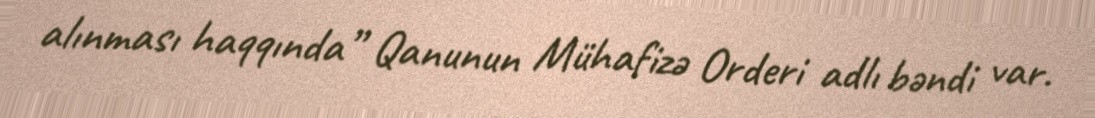
alınması haqqında” Qanunun Mühafizə Orderi adlı bəndi var.